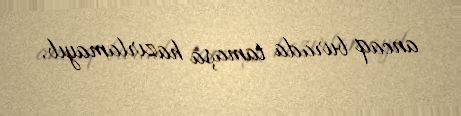
ancaq burada tamaşa hazırlamayıb.